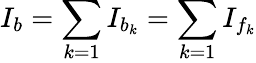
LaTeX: I_{b}=\sum_{k=1}I_{b_{k}}=\sum_{k=1}I_{f_{k}}